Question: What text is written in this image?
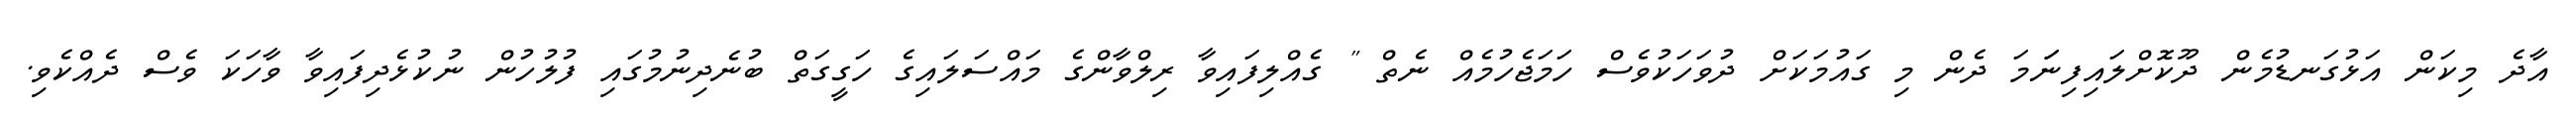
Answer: އާދެ މިކަން އަޅުގަނޑުމެން ދޫކޮށްލައިފިނަަމަ ދެން މި ގައުމަކަށް ދުވަހަކުވެސް ހަމަޖެހުމެއް ނެތް " ގެއްލިފައިވާ ރިލްވާންގެ މައްސަލައިގެ ހަގީގަތް ބުނެދިނުމުގައި ފުލުހުން ނުކުޅެދިފައިވާ ވާހަކަ ވެސް ދެއްކެވި.